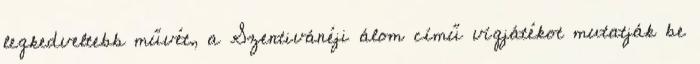
legkedveltebb művét, a Szentivánéji álom című vígjátékot mutatják be